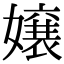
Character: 嬢